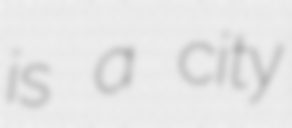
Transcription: is a city